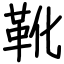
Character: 靴